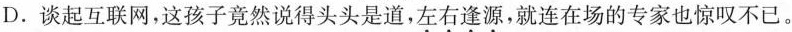
D.谈起互联网，这孩子竟然说得头头是道，\underset{·}{左} \underset{·}{右} \underset{·}{逢} \underset{·}{源} ，就连在场的专家也惊叹不已。